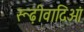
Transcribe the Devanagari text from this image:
रूढ़ीवादिओं